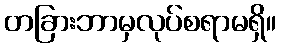
တခြားဘာမှလုပ်စရာမရှိ။